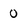
Character: 0